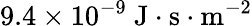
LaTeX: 9.4\times 10^{-9}\mathrm{~J}\cdot\mathrm{s}\cdot\mathrm{m}^{-2}